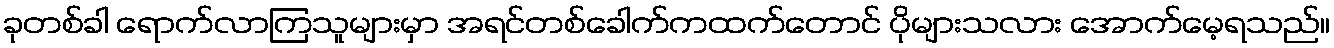
ခုတစ်ခါ ရောက်လာကြသူများမှာ အရင်တစ်ခေါက်ကထက်တောင် ပိုများသလား အောက်မေ့ရသည်။